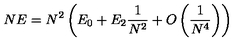
N E = N ^ { 2 } \left( E _ { 0 } + E _ { 2 } \frac { 1 } { N ^ { 2 } } + O \left( \frac { 1 } { N ^ { 4 } } \right) \right)